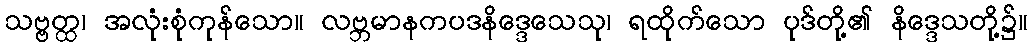
သဗ္ဗတ္ထ၊ အလုံးစုံကုန်သော။ လဗ္ဘမာနကပဒနိဒ္ဒေသေသု၊ ရထိုက်သော ပုဒ်တို့၏ နိဒ္ဒေသတို့၌။